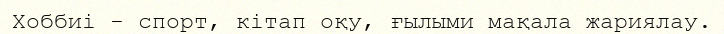
Хоббиі - спорт, кітап оқу, ғылыми мақала жариялау.